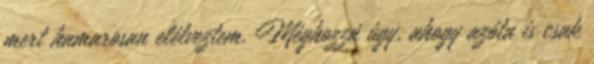
mert hamarosan elélveztem. Méghozzá úgy, ahogy azóta is csak